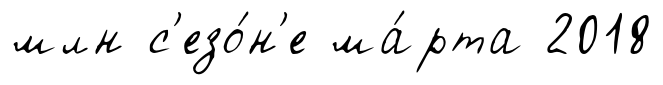
млн с'езо́н'е ма́рта 2018